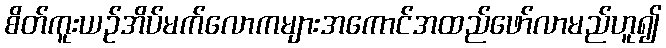
စိတ်ကူးယဉ်အိပ်မက်လောကများအကောင်အထည်ဖော်လာမည်ဟူ၍